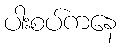
ပါးစပ်ကနေ